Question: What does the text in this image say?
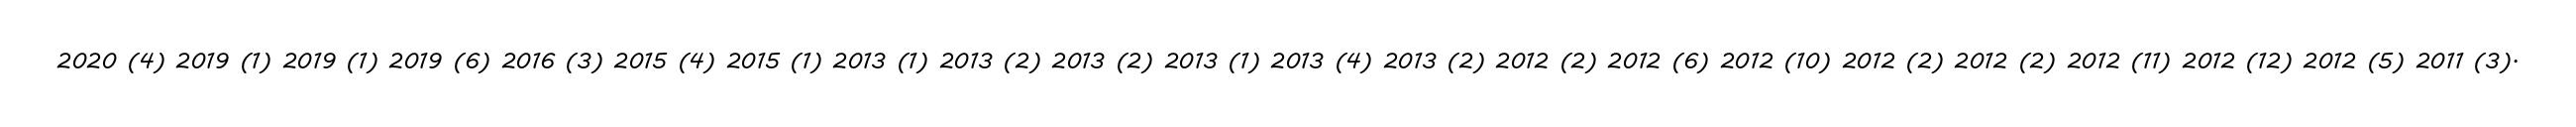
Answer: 2020 (4) 2019 (1) 2019 (1) 2019 (6) 2016 (3) 2015 (4) 2015 (1) 2013 (1) 2013 (2) 2013 (2) 2013 (1) 2013 (4) 2013 (2) 2012 (2) 2012 (6) 2012 (10) 2012 (2) 2012 (2) 2012 (11) 2012 (12) 2012 (5) 2011 (3).